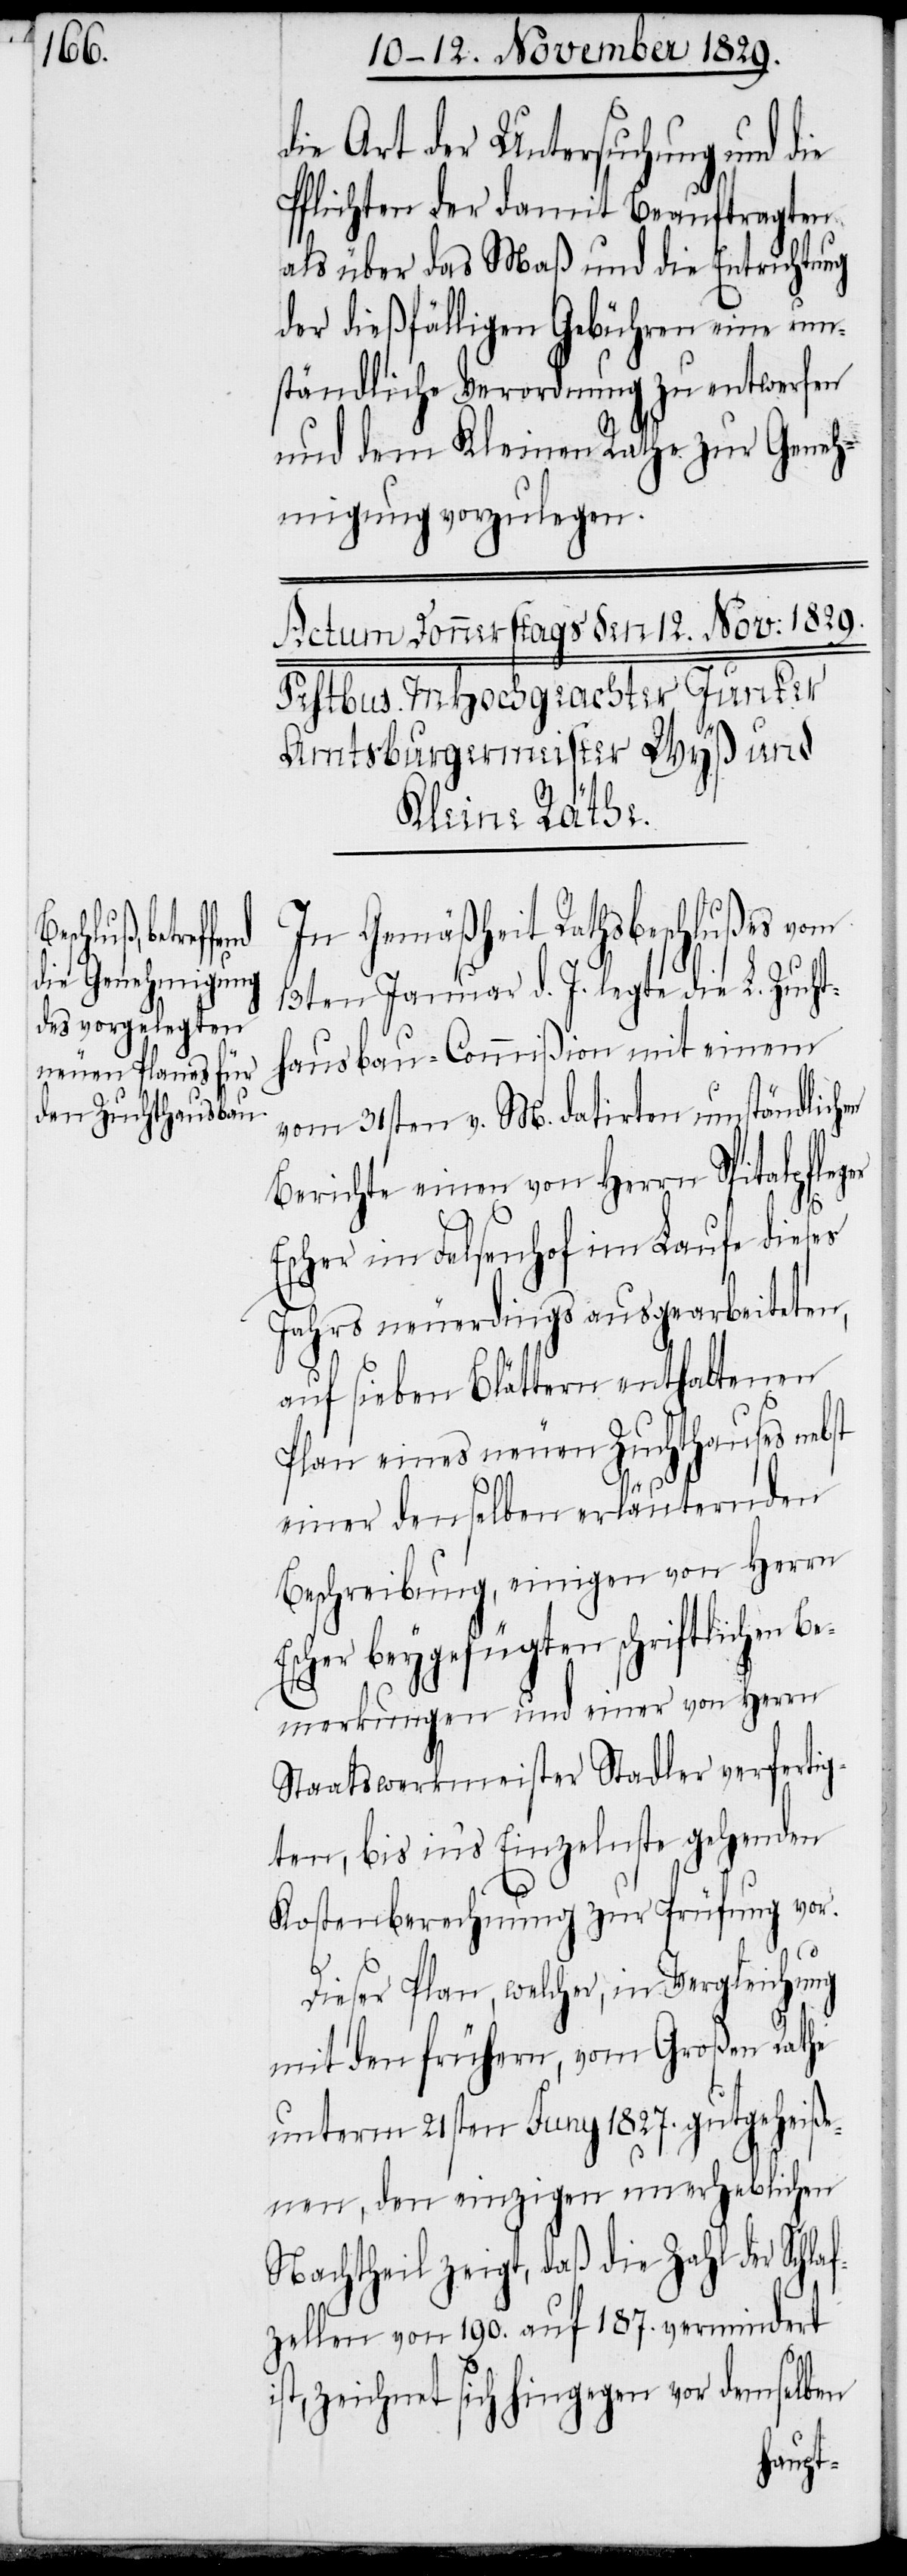
die Art der Untersuchung und die
Pflichten der damit Beauftragten
als über das Maß und die Entrichtung
der dießfälligen Gebühren eine um¬
ständliche Verordnung zu entwerfen
und dem Kleinen Rathe zur Geneh¬
migung vorzulegen.
Gemäßheit Rathsbeschlußes
13ten Januar d. J. legte die L. Zucht¬
hausbau-Commißion mit einem
vom 31sten v. M. datirten umständlichen
Berichte einen von Herrn Spitalpfleger
Escher im Felsenhof im Laufe dieses
Jahrs neuerdings ausgearbeiteten,
auf sieben Blättern enthaltenen
Plan eines neuen Zuchthauses nebst
einer denselben erläuternden
Beschreibung, einigen von Herrn
Escher beygefügten schriftlichen B¬
emerkungen und einer von Herrn
Staatswerkmeister Stadler verfertig¬
ten, bis ins Einzelnste gehenden
Kostenberechnung zur Prüfung vor.
Dieser Plan, welcher, in Vergleichung
mit den frühern, vom Großen Rathe
unterm 21sten Juny 1827. gutgeheiße¬
nen, den einzigen unerheblichen
Nachtheil zeigt, daß die Zahl der Schla¬
fzellen von 190. auf 187. vermindert
ist, zeichnet sich hingegen vor demselben